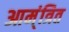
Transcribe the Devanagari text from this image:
आम्ंत्रित